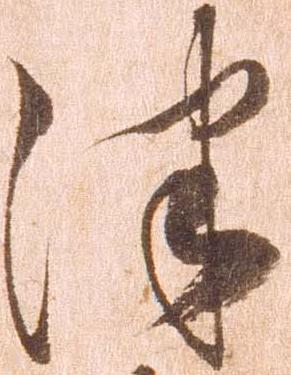
津